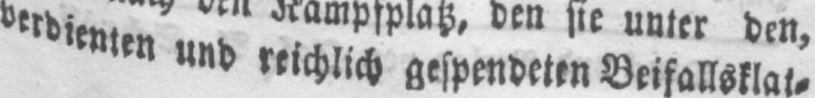
verdienten und reichlich gespendeten Beifallsklat⸗